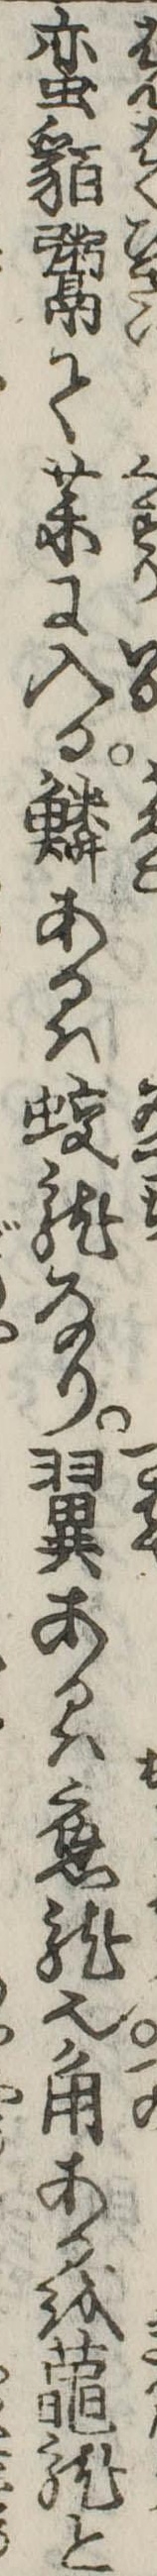
蛮貊粥て薬に入る鱗あるは蛟竜なり翼あるは応竜也角あるを竜と